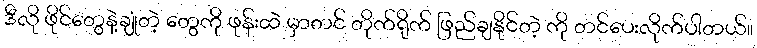
ဒီလို ဖိုင်တွေနဲ့ချုံတဲ့ တွေကို ဖုန်းထဲ မှာတင် တိုက်ရိုက် ဖြည်ချနိုင်တဲ့ ကို တင်ပေးလိုက်ပါတယ်။